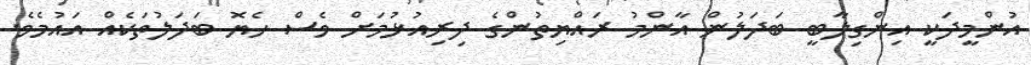
އުންމީދަކީ އިންގިލާބީ ބަދަލުން އާންމު ރައްޔިތުންގެ ދިރިއުޅުމަށް ވެސް ހެޔޮ ބަދަލުތަކެއް އައުމެވެ.